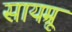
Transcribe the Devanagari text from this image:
सायम्रू